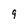
Character: 9